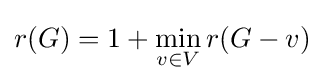
r(G)=1+\min _{v\in V}r(G-v)